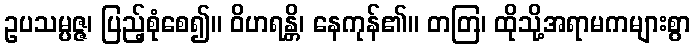
ဥပသမ္ပဇ္ဇ၊ ပြည့်စုံစေ၍။ ဝိဟရန္တိ၊ နေကုန်၏။ တတြ၊ ထိုသို့အရာမကများစွာ